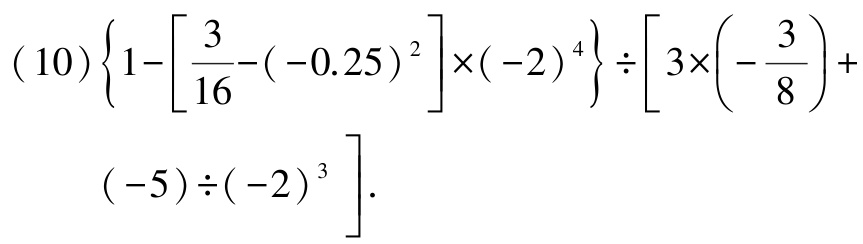
\((10)\left\{1-\left[\dfrac{3}{16}-(-0.25)^{2}\right]\times(-2)^{4}\right\}\div\left[3\times\left(-\dfrac{3}{8}\right)+(-5)\div(-2)^{3}\right].\)